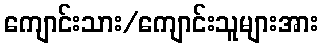
ကျောင်းသား/ကျောင်းသူများအား